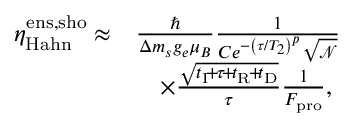
\begin{array} { r l } { \eta _ { \mathrm { H a h n } } ^ { \mathrm { e n s , s h o } } \approx } & { \frac { \hbar } { \Delta m _ { s } g _ { e } \mu _ { B } } \frac { 1 } { C e ^ { - \left( \tau / T _ { 2 } \right) ^ { p } } \sqrt { \mathscr { N } } } } \\ & { \quad \times \frac { \sqrt { t _ { \mathrm { I } } \! + \! \tau \! + \! t _ { \mathrm { R } } \! + \! t _ { \mathrm { D } } } } { \tau } \frac { 1 } { F _ { \mathrm { p r o } } } , } \end{array}